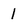
Character: 1